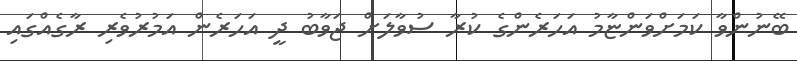
ބޭނުންވާ ކަމަށްވަންޏާމު އަހަރެންގެ ކުރާ ސުވާލަށް ޖަވާބު ދީ އަހަރެން އަމުރުވެރި ރާގެއްގައި